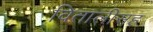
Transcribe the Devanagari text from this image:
वितालीसह